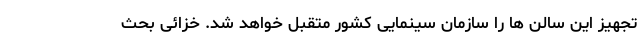
تجهیز این سالن ها را سازمان سینمایی کشور متقبل خواهد شد. خزائی بحث